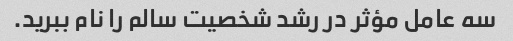
سه عامل مؤثر در رشد شخصیت سالم را نام ببرید.